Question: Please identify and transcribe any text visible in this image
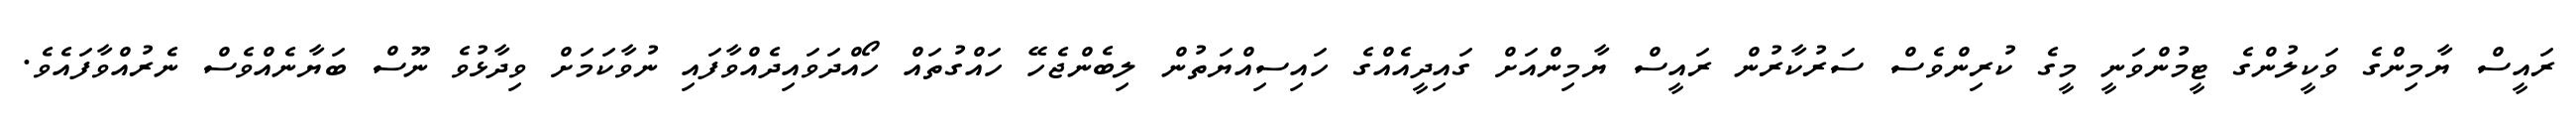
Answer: ރައީސް ޔާމިންގެ ވަކީލުންގެ ޓީމުންވަނީ މީގެ ކުރިންވެސް ސަރުކާރުން ރައީސް ޔާމިންއަށް ގައިދީއެއްގެ ހައިސިއްޔަތުން ލިބެންޖެހޭ ހައްގުތައް ހޯއްދަވައިދެއްވާފައި ނުވާކަމަށް ވިދާޅުވެ ނޫސް ބަޔާނެއްވެސް ނެރުއްވާފައެވެ.